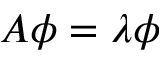
A \phi = \lambda \phi